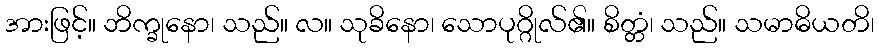
အားဖြင့်။ ဘိက္ခုနော၊ သည်။ လ။ သုခိနော၊ သောပုဂ္ဂိုလ်၏။ စိတ္တံ၊ သည်။ သမာဓိယတိ၊